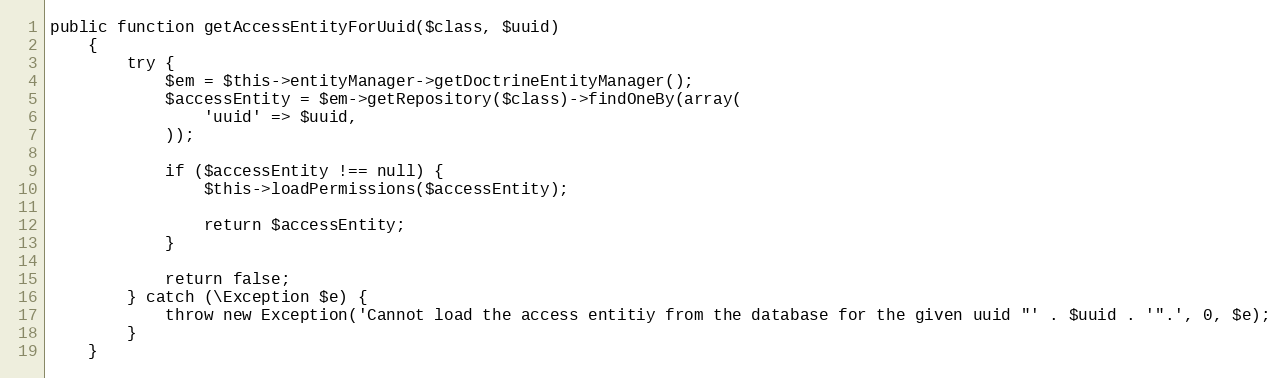
Language: PHP
public function getAccessEntityForUuid($class, $uuid)
    {
        try {
            $em = $this->entityManager->getDoctrineEntityManager();
            $accessEntity = $em->getRepository($class)->findOneBy(array(
                'uuid' => $uuid,
            ));

            if ($accessEntity !== null) {
                $this->loadPermissions($accessEntity);

                return $accessEntity;
            }

            return false;
        } catch (\Exception $e) {
            throw new Exception('Cannot load the access entitiy from the database for the given uuid "' . $uuid . '".', 0, $e);
        }
    }